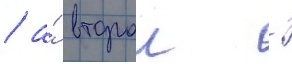
/ а́ второи -